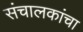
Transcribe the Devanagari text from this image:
संचालकांचा